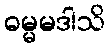
ဓမ္မမဒါသိ